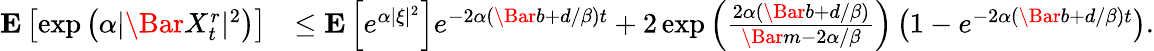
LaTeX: \begin{array}{rl}{\mathbf{E}\left[\exp\left(\alpha|\Bar{X}_{t}^{r}|^{2}\right)\right]}&{\le\mathbf{E}\left[e^{\alpha|\xi|^{2}}\right]e^{-2\alpha\left(\Bar{b}+d/\beta\right)t}+2\exp\left(\frac{2\alpha(\Bar{b}+d/\beta)}{\Bar{m}-2\alpha/\beta}\right)\left(1-e^{-2\alpha\left(\Bar{b}+d/\beta\right)t}\right).}\end{array}